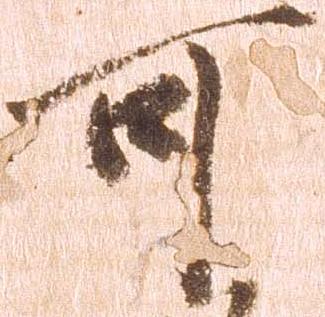
可